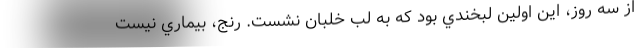
از سه روز، اين اولين لبخندي بود كه به لب خلبان نشست. رنج، بيماري نيست